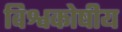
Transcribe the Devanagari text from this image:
विश्वकोषीय